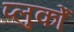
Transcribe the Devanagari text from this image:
प्लुर्कों